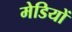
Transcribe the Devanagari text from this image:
मेडियों